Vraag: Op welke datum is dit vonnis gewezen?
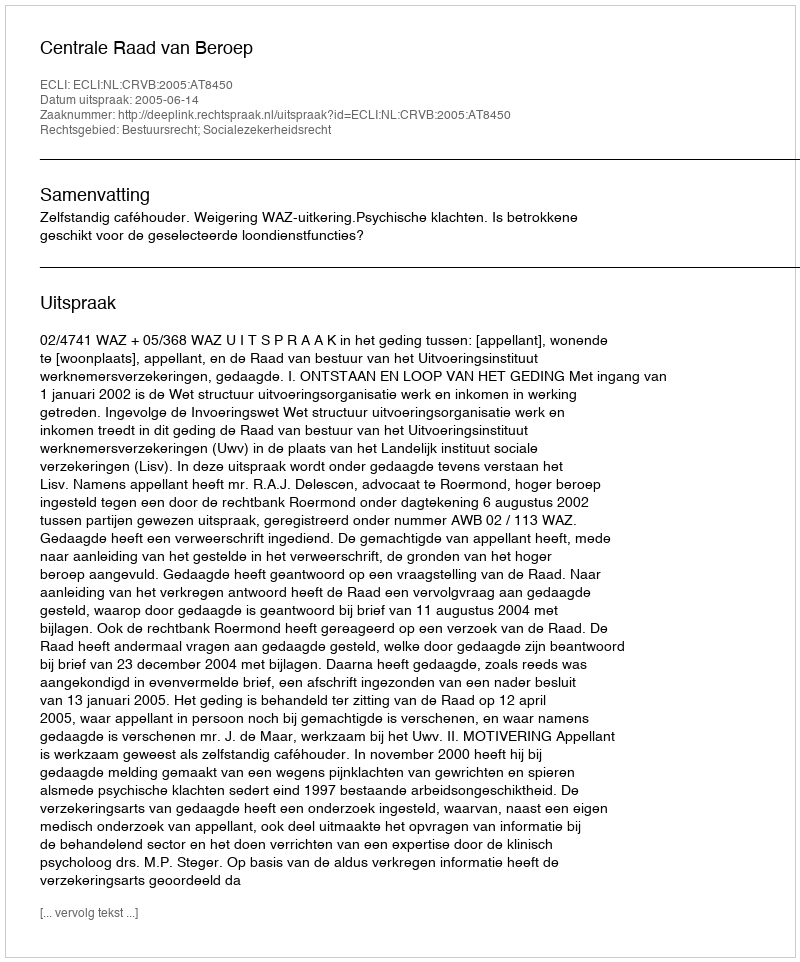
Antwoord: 2005-06-14